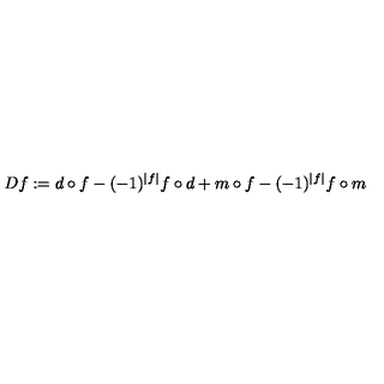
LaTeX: D f : = d \circ f - ( - 1 ) ^ { | f | } f \circ d + m \circ f - ( - 1 ) ^ { | f | } f \circ m